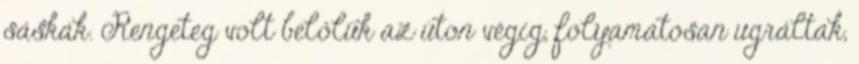
sáskák. Rengeteg volt belőlük az úton végig, folyamatosan ugráltak,